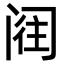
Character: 𮤵